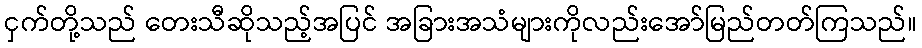
ငှက်တို့သည် တေးသီဆိုသည့်အပြင် အခြားအသံများကိုလည်းအော်မြည်တတ်ကြသည်။